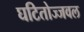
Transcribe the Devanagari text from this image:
घटितोज्जवल